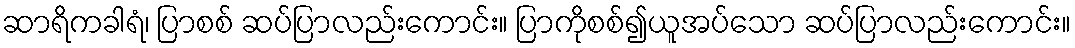
ဆာရိကခါရံ၊ ပြာစစ် ဆပ်ပြာလည်းကောင်း။ ပြာကိုစစ်၍ယူအပ်သော ဆပ်ပြာလည်းကောင်း။